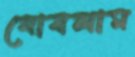
ঘোষলাম